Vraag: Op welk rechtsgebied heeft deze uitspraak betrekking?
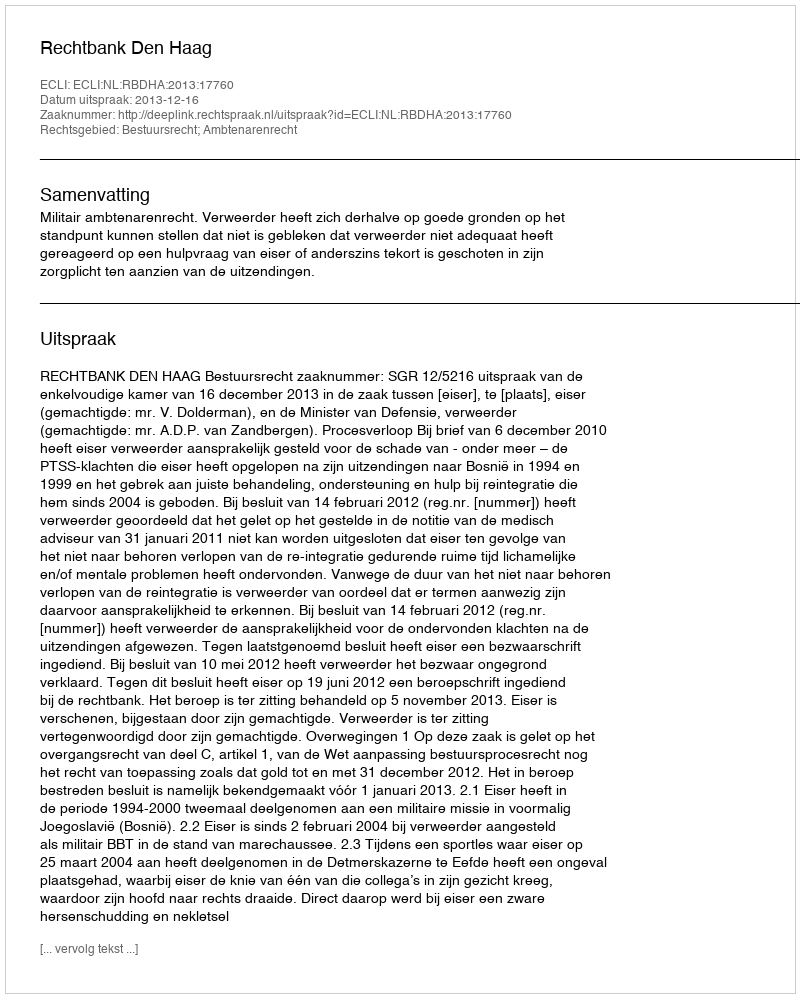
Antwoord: Bestuursrecht; Ambtenarenrecht